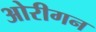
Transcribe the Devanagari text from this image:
ओरीगन